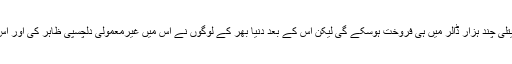
پہلے اندازہ لگایا گیا کہ شاید یہ کیتلی چند ہزار ڈالر میں ہی فروخت ہوسکے گی لیکن اس کے بعد دنیا بھر کے لوگوں نے اس میں غیرمعمولی دلچسپی ظاہر کی اور اس کی بولی آسمان کو چھونے لگی۔